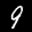
Label: 9